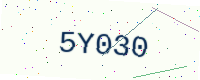
Text: 5Y030